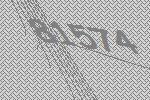
81574